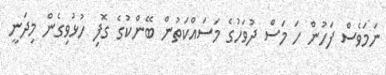
ނަމަވެސް ފަހުން ހަ މަސް ދުވަހުގެ މަސައްކަތުން ބޭންކުގެ ގޮފި ހުޅުވިގެން މިދަނީ